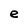
Character: e